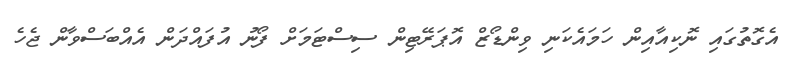
އެގޮތުގައި ނޮކިއާއިން ހަމައެކަނި ވިންޑޯޒް އޮޕަރޭޓިން ސިސްޓަމަށް ފޯނު އުފައްދަން އެއްބަސްވާން ޖެހެ